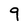
Character: 9